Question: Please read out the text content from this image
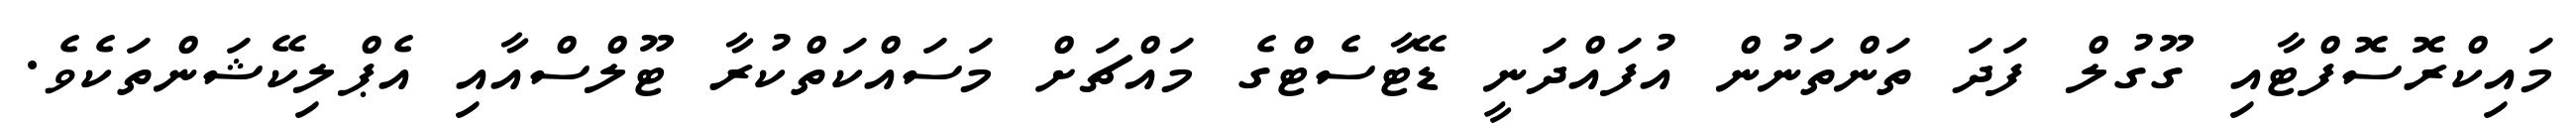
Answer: މައިކްރޮސޮފްޓާއި ގޫގުލް ފަދަ ތަންތަނުން އުފައްދަނީ ޑޭޓާސެޓްގެ މައްޗަށް މަސައްކަތްކުރާ ޓޫލްސްއާއި އެޕްލިކޭޝަންތަކެވެ.